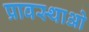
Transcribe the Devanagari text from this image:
प्रावस्थाओ